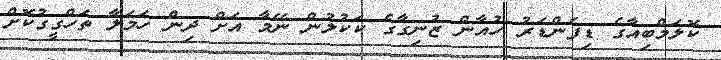
ކޮލަމްބިއާގެ ޑިފެންޑަރު ހުއާން ޒުނިގާގެ ކަކުލުން ނޭމާ އަށް ދިން ހަމަލާ ތަހްގީގުކޮށް